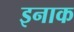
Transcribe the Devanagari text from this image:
इनाक